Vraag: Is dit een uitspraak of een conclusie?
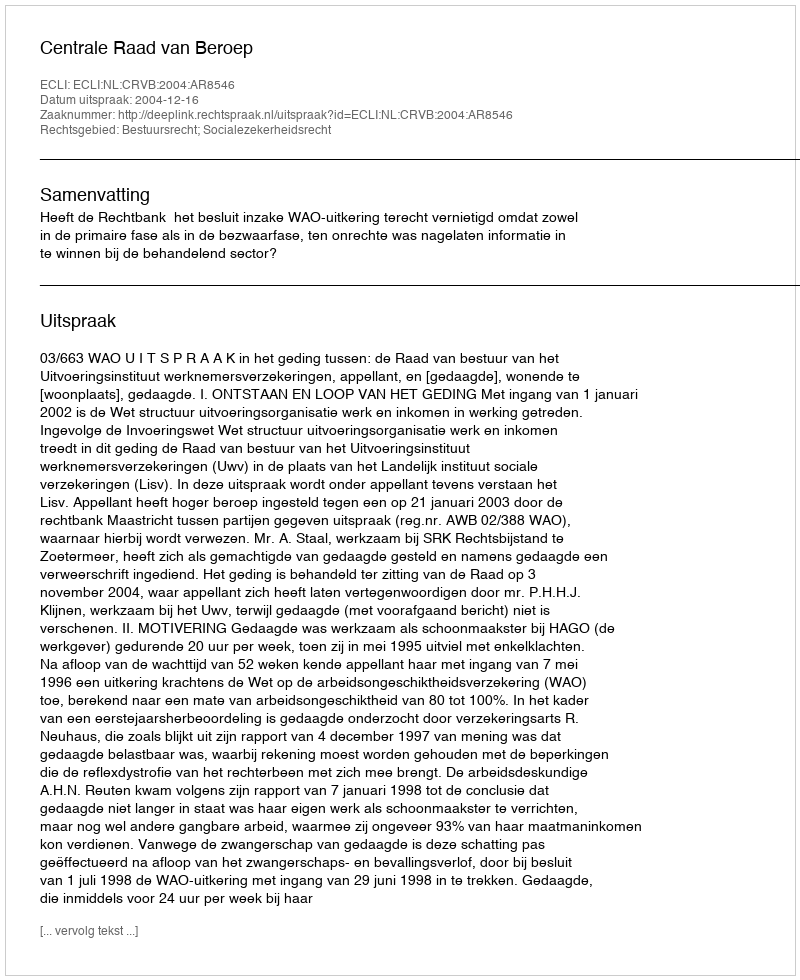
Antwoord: Uitspraak